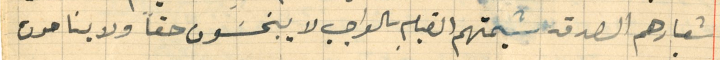
شعارهم الصدق شيمتهم القيام بالواجب لا يبخسَون حقاً ولا ينامون